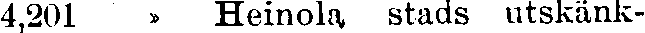
4,201 » Heinola, stads utskänk-